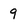
Character: 9